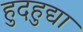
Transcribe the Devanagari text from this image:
हुदहुद्या